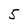
Character: 5